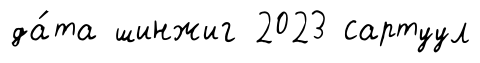
да́та шинжиг 2023 сартуул